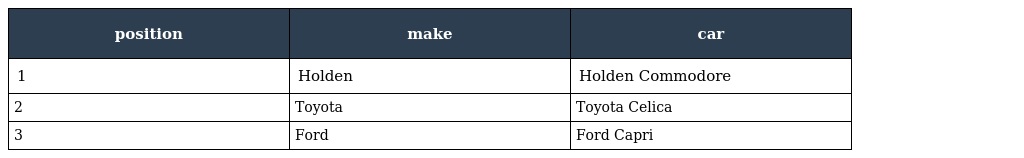
| position | make | car |
 | --- | --- | --- |
 | 1 | Holden | Holden Commodore |
 | 2 | Toyota | Toyota Celica |
 | 3 | Ford | Ford Capri |